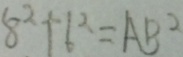
8 ^ { 2 } + 6 ^ { 2 } = A B ^ { 2 }